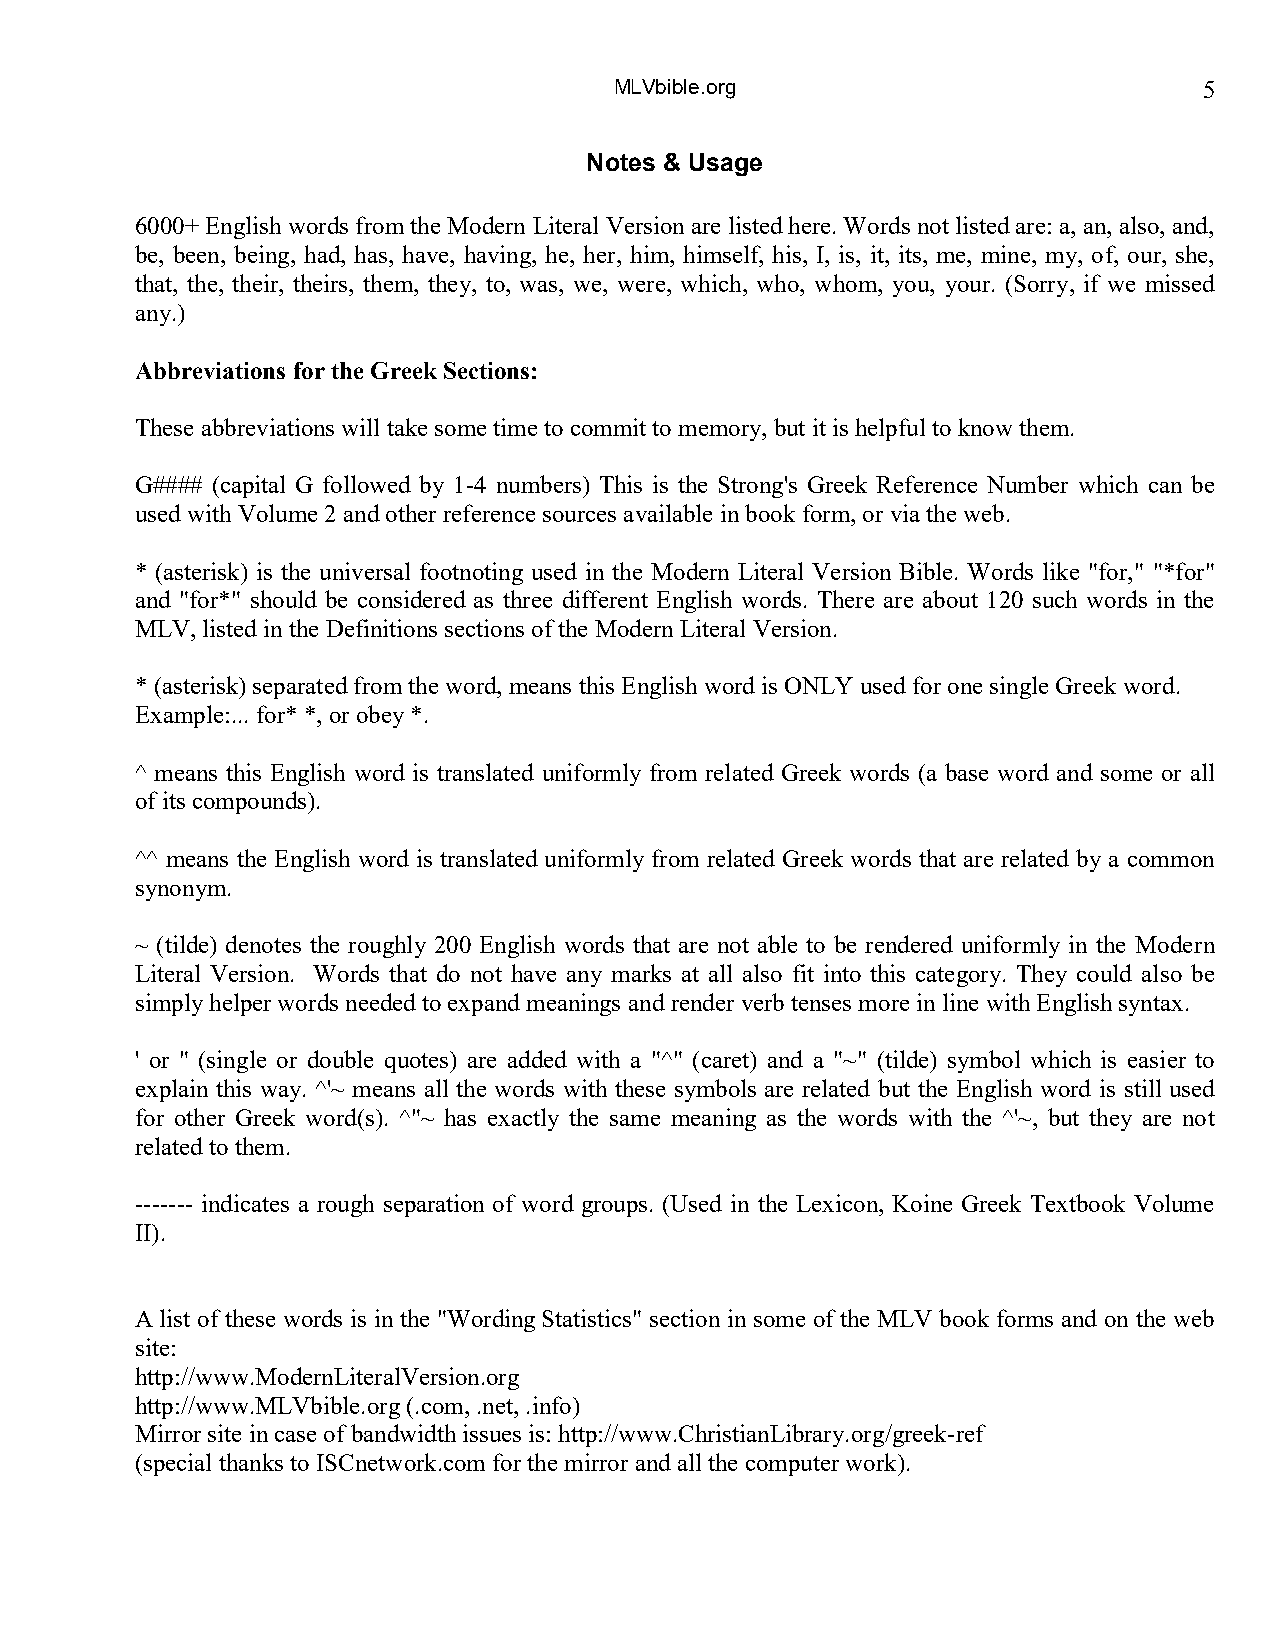
MLVbible.org                           5
 Notes & Usage
 6000+ English words from the Modern Literal Version are listed here. Words not listed are: a, an, also, and,
 be, been, being, had, has, have, having, he, her, him, himself, his, I, is, it, its, me, mine, my, of, our, she,
 that, the, their, theirs, them, they, to, was, we, were, which, who, whom, you, your. (Sorry, if we missed
 any.)
 Abbreviations for the Greek Sections:
 These abbreviations will take some time to commit to memory, but it is helpful to know them.
 G#### (capital G followed by 1-4 numbers) This is the Strong's Greek Reference Number which can be
 used with Volume 2 and other reference sources available in book form, or via the web.
 * (asterisk) is the universal footnoting used in the Modern Literal Version Bible. Words like "for," "*for"
 and "for*" should be considered as three different English words. There are about 120 such words in the
 MLV, listed in the Definitions sections of the Modern Literal Version.
 * (asterisk) separated from the word, means this English word is ONLY used for one single Greek word.
 Example:... for* *, or obey *.
 ^ means this English word is translated uniformly from related Greek words (a base word and some or all
 of its compounds).
 ^^ means the English word is translated uniformly from related Greek words that are related by a common
 synonym.
 ~ (tilde) denotes the roughly 200 English words that are not able to be rendered uniformly in the Modern
 Literal Version. Words that do not have any marks at all also fit into this category. They could also be
 simply helper words needed to expand meanings and render verb tenses more in line with English syntax.
 ' or " (single or double quotes) are added with a "^" (caret) and a "~" (tilde) symbol which is easier to
 explain this way. ^'~ means all the words with these symbols are related but the English word is still used
 for other Greek word(s). ^"~ has exactly the same meaning as the words with the ^'~, but they are not
 related to them.
 ------- indicates a rough separation of word groups. (Used in the Lexicon, Koine Greek Textbook Volume
 II).
 A list of these words is in the "Wording Statistics" section in some of the MLV book forms and on the web
 site:
 http://www.ModernLiteralVersion.org
 http://www.MLVbible.org (.com, .net, .info)
 Mirror site in case of bandwidth issues is: http://www.ChristianLibrary.org/greek-ref
 (special thanks to ISCnetwork.com for the mirror and all the computer work).